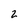
Character: 2